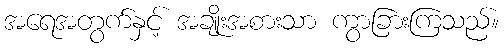
အရေအတွက်နှင့် အချိုးအစားသာ ကွာခြားကြသည်။